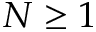
N \ge 1